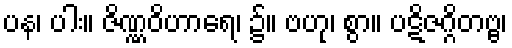
ပန၊ ပါး။ ဇိဏ္ဏဝိဟာရေ၊ ၌။ ဗဟု၊ စွာ။ ပဋိဇဂ္ဂိတဗ္ဗ၊